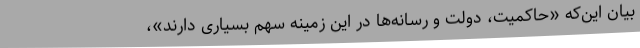
بیان این‌که «حاکمیت، دولت و رسانه‌ها در این زمینه سهم بسیاری دارند»،